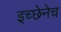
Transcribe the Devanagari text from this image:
इच्छेनेच